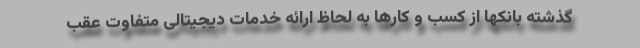
گذشته بانکها از کسب و کارها به لحاظ ارائه خدمات دیجیتالی متفاوت عقب